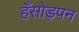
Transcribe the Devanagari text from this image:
हँसोड़पन